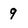
Character: 9